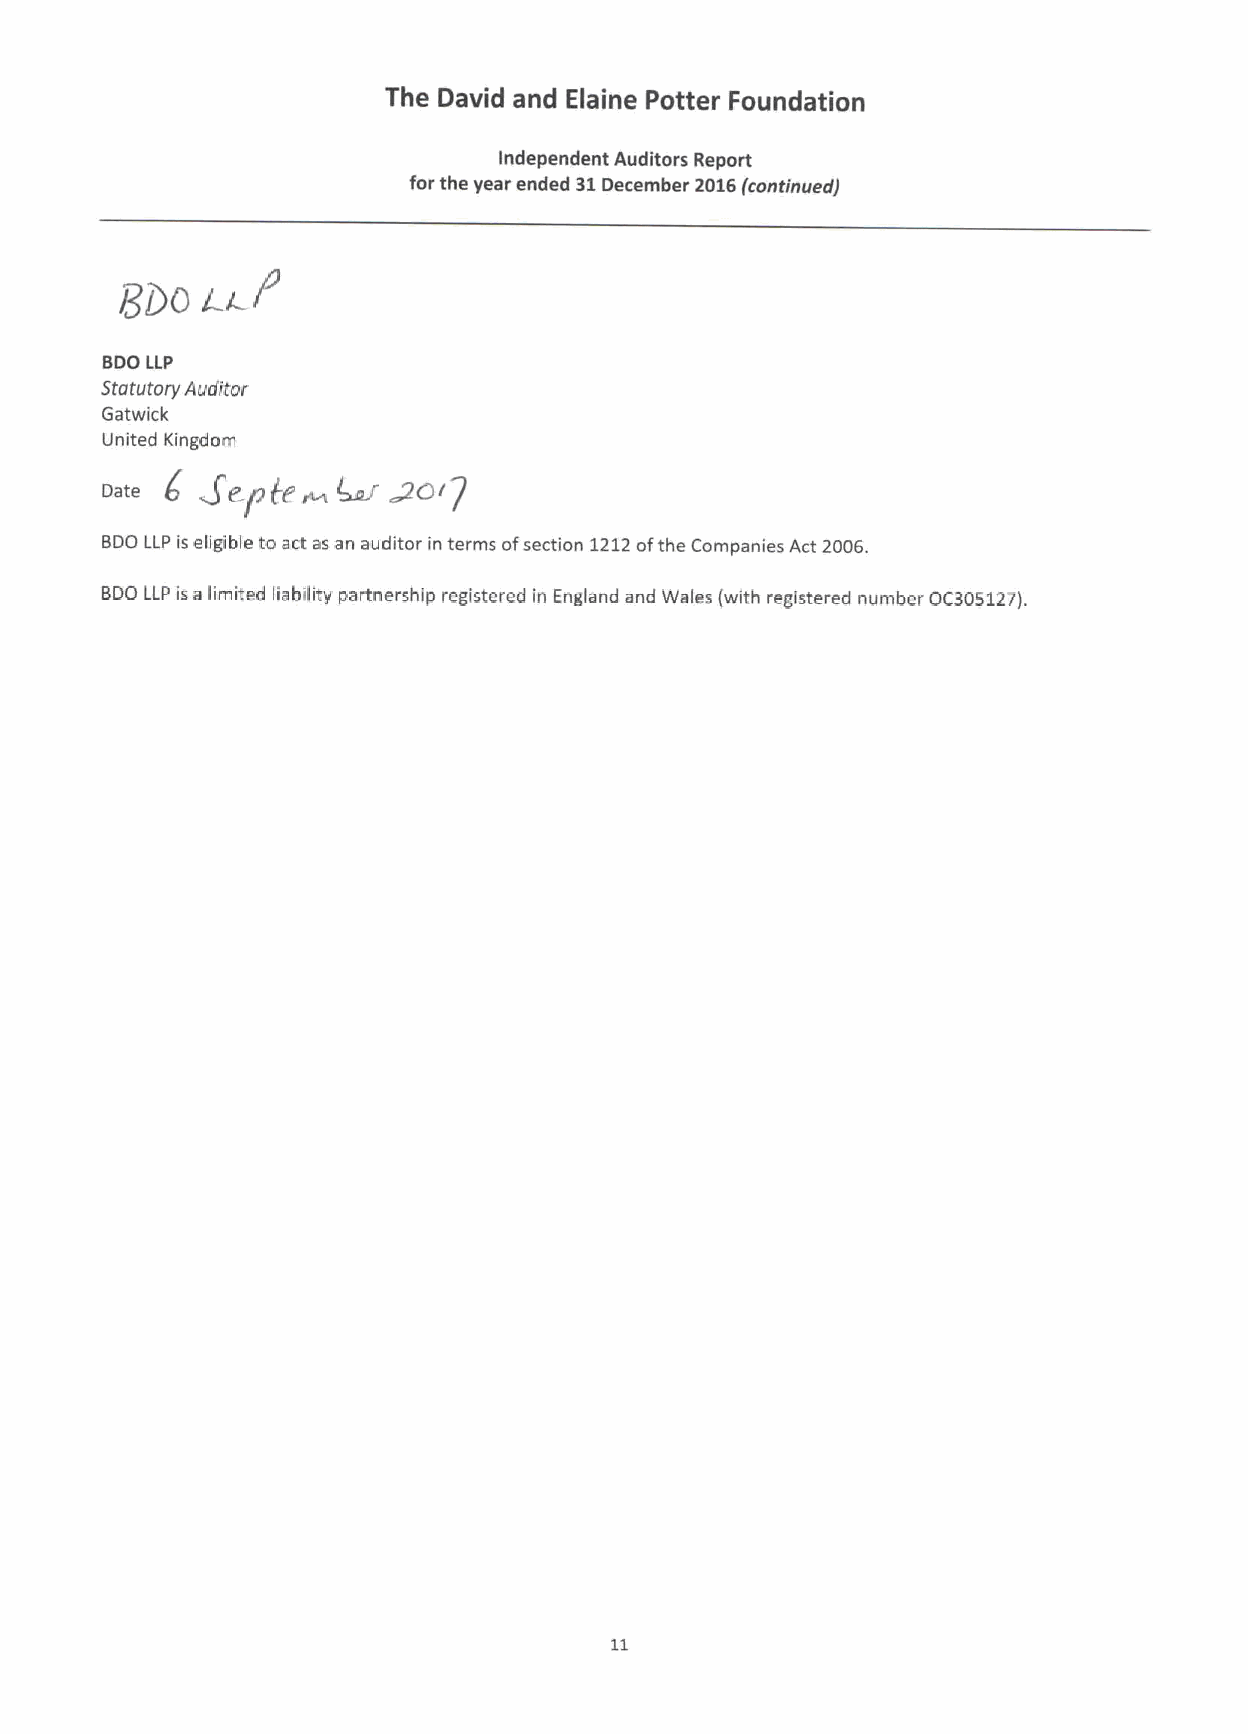
The David and Elaine Potter Foundation
 Independent Auditors Report
 for the year encled 31December 2016(continuedj
 BDOLLP
 SroruroryAuditor
 Gatwick
 United Kingdom
 (
 Date  pep'     foSLr Af-Ir7
 BDO LLP is eligible to act as an auditor in terms ofsection 1212ofthe Companies Act 2006.
 BDO LLP is a limited liability partnership registered in England and Wales (with registered number OC305122L
 11